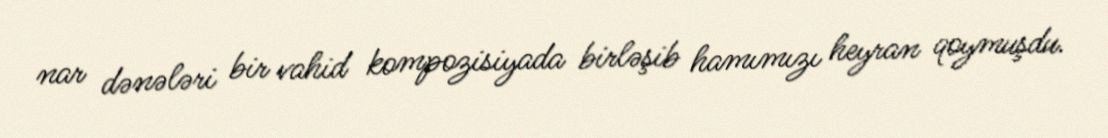
nar dənələri bir vahid kompozisiyada birləşib hamımızı heyran qoymuşdu.